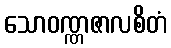
သောဝဏ္ဏဇာလစိတံ